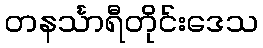
တနင်္သာရီတိုင်းဒေသ